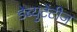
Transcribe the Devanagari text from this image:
डेब्युटेंटीज